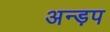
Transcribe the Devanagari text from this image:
अन्ड़प